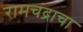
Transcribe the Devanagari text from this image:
रामचंद्राचा